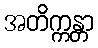
အတိက္ကန္တာ